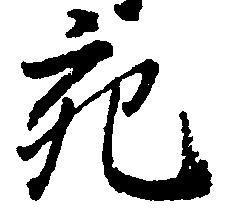
充